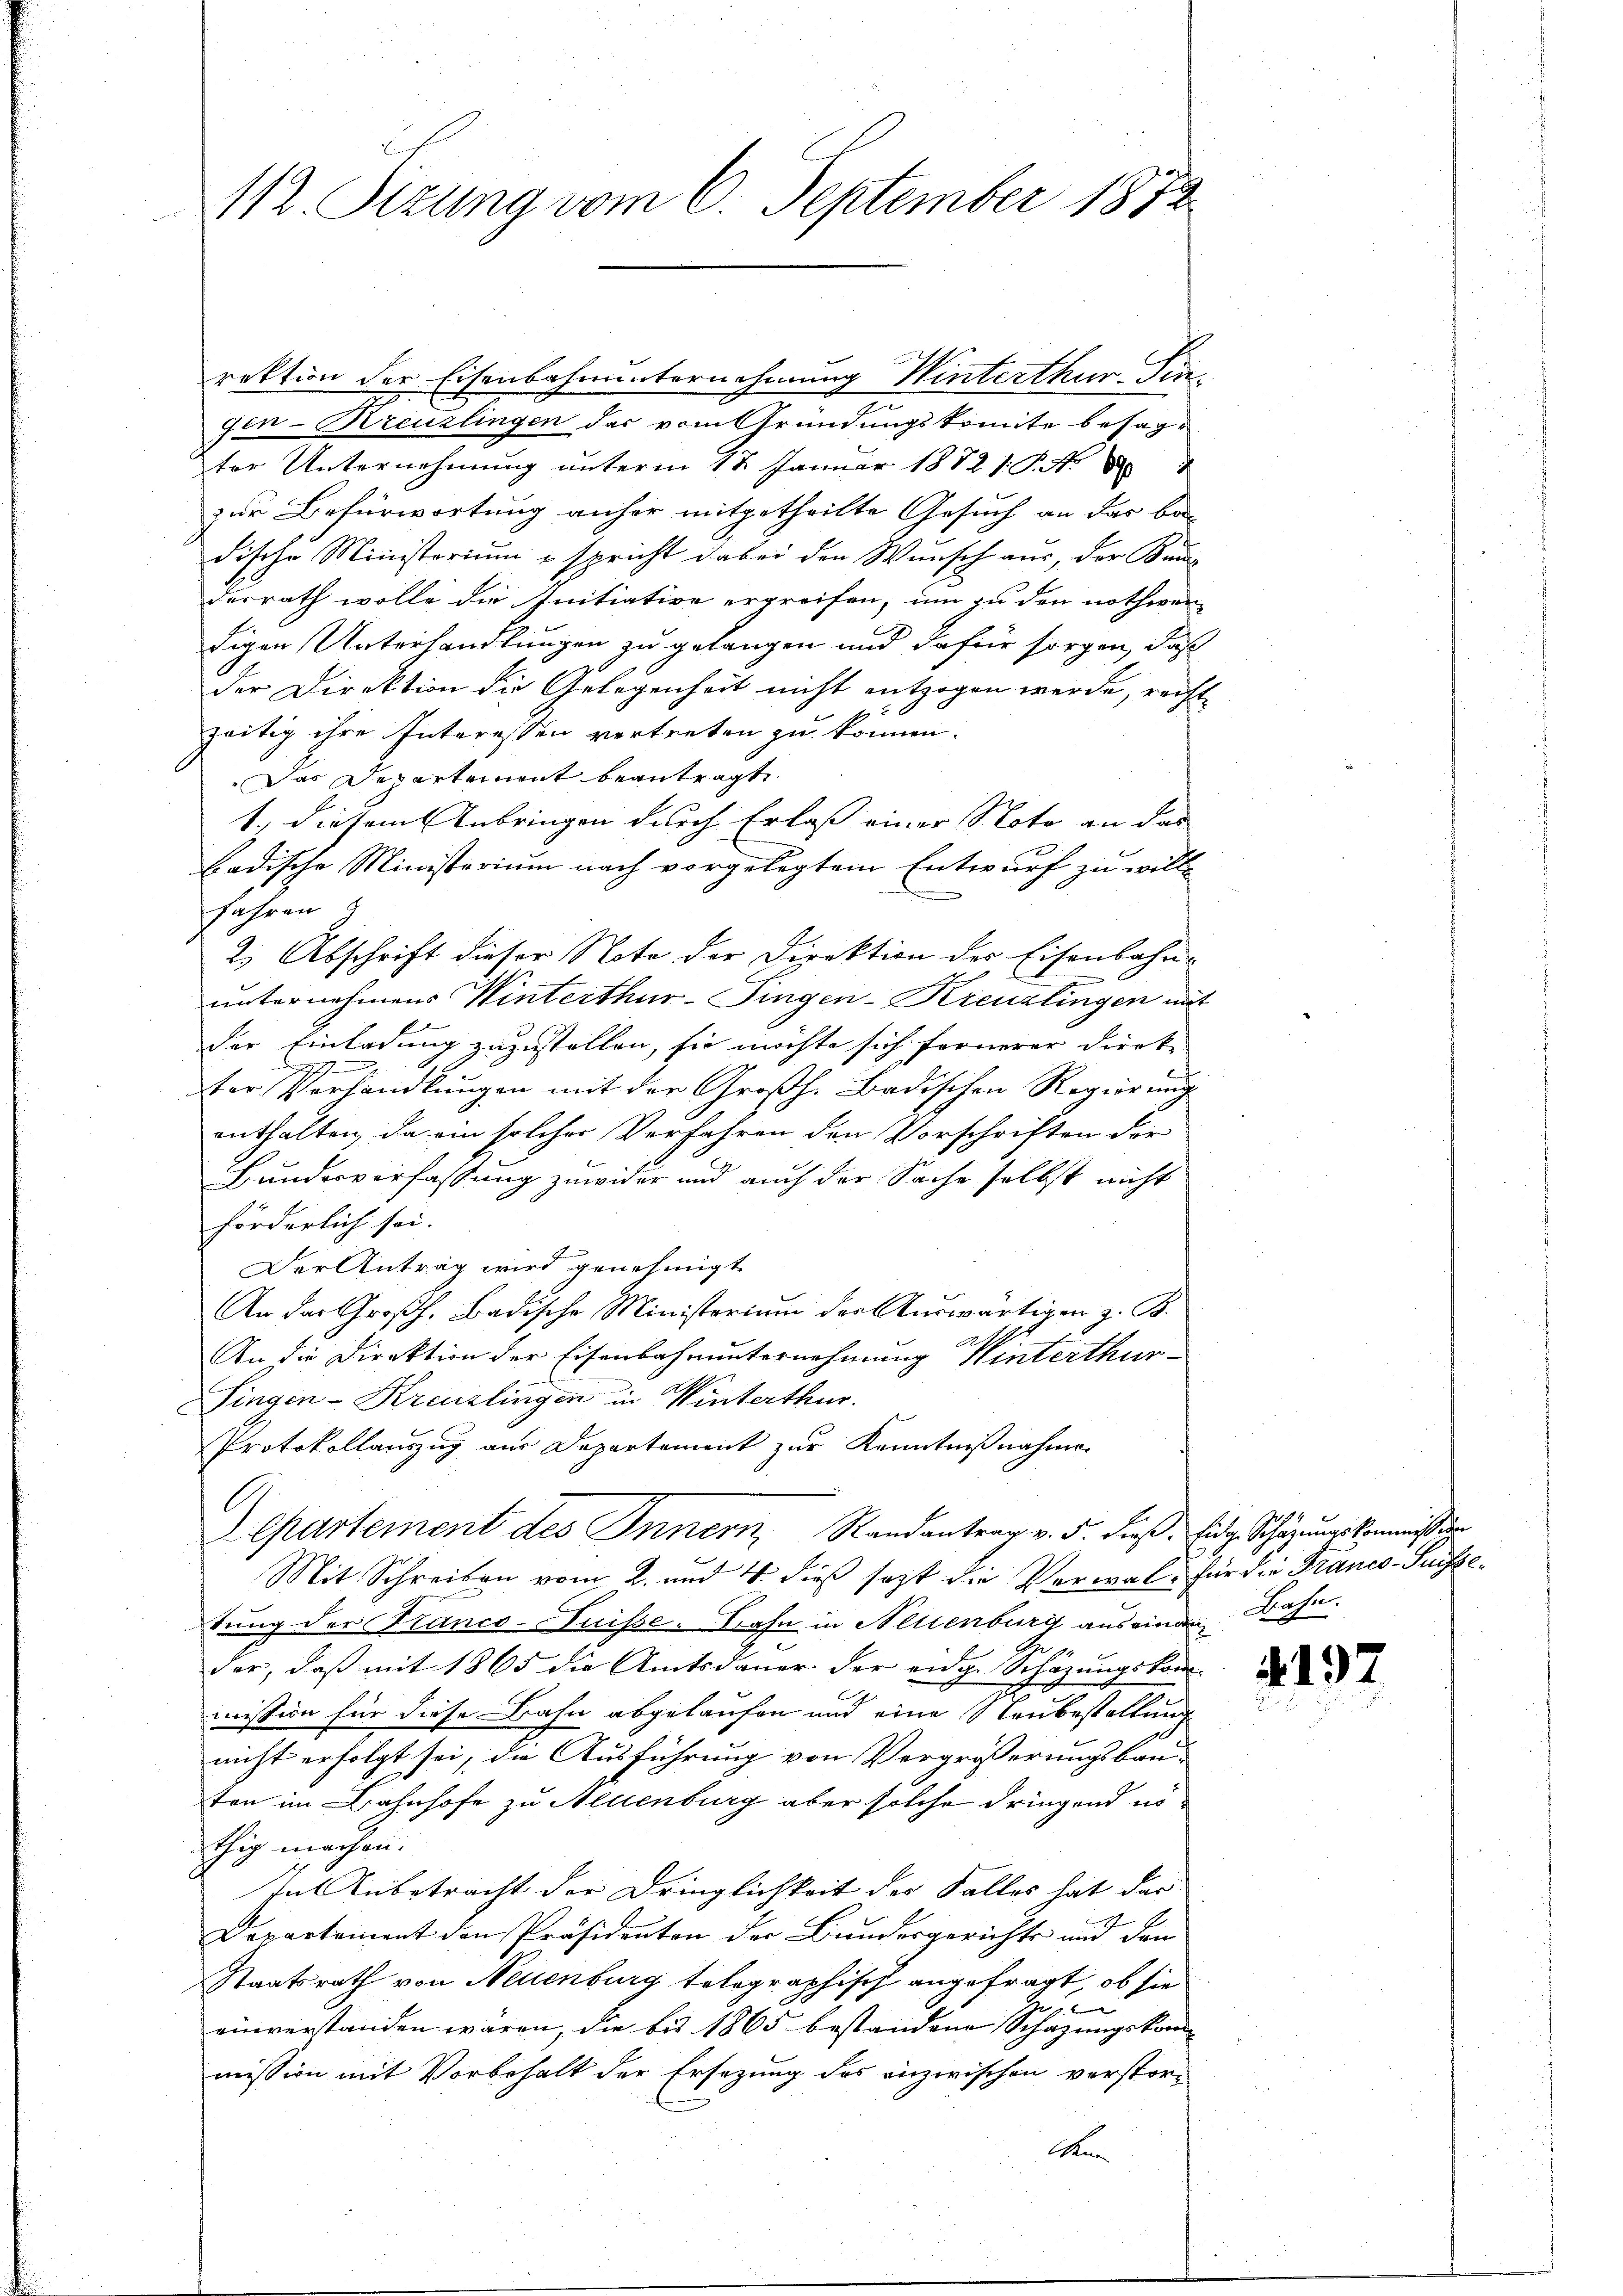
112. Sizung vom 6. September 1872

rektion der Eisenbahnunternehmung Winterthur. Fingen-Kreuzlingen das vom Gründungskomite besagter Unternehmung unterm 18. Januar 1872 s. S. 84
zur Befürwortung anher mitgetheilte Gesuch an das be-
dische Ministorium & spricht dabei den Wunsch aus, der Bun
desrath wolle die Initiative ergreifen, um zu den nothwen-
digen Unterhandlungen zu gelangen und dafür sorgen, daß
der Direktion die Gelegenheit nicht entzogen werde, recht
zeitig ihre Interessen vertreten zu können.
Das Departement beantragte
1., diesem Anbringen durch Erlaß einer Noto an das
badische Ministerium nach vorgelegtem Entwurf zu wille
fahren
2.) Abschrift dieser Note der Direktion des Eisenbahn¬
F
unternehmens Winterthur-Fingen-Kreuzlingen mit
der Einladung zuzustellen, sie möchte sich fernerer Direk-
S

ter Vorhandlungen mit der Großh. Badischen Regierung
enthalten, da ein solcher Verfahren den Vorschriften der
Bundesverfassung zuwider und auch der Sache selbst nicht
förderlich sei.
Der Antrag wird genehmigt
An der Großh. badische Ministerium der Auswärtigen z. B.
An die Direktion der Eisenbahnunternehmung Winterthur-
Singen-Kreuzlingen in Winterthur.
Protokollauszug aus Departement zur Kenntnißnahme.
C
epartement des Innern, Randantrag v. 5. dieß. Eidg. Schazungskommißion
Mit Schreiben vom 2. und 4. dieß sagt die Verwal- für die Franco-Puissetung der Franco-Suisse. Bahn in Altenburg aus eingen Bahn
der, daβ mit 1865 die Amtsdauer der eidg. Schäzŭngskom-
mission für diese Bahn abgelaufen und eine Neubestaltung
nicht erfolgt sei, die Ausführung von Vergrößerungsbau-
ten im Bahnhofe zu Neuenburg aber solche dringend nöthig machen.
In Anbetracht der Dringlichkeit der Falles hat das
h
E
Departement den Präsidenten der Bundesgerichts und den
Staatsrath von Neuenburg tolographisch angefragt, ob sie
e
einverstanden wären, die bis 1865 bestandene Schazungskom-
mission mit Vorbehalt der Ersezung des inzwischen verstor-
Mu

4197